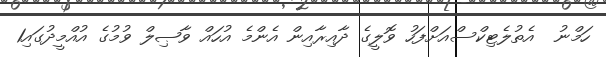
ހަމްނު  އެތުލެޓިކްސްއަށްފަހު ވޮލީގެ ދާއިރާއިން އެންމެ އުހައް ވާޞިލް ވުމުގެ އުއްމީދުގައި1